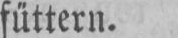
füttern.